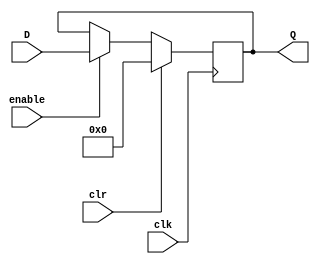
module MAR(
    input wire [31:0] D,       // Data input
    input wire enable,         // Enable signal for the register
    input wire clk,            // Clock signal
    input wire clr,            // Clear signal
    output [31:0] Q        // Output of the register
);

reg [31:0] q;


    // Synchronous clear and data latch operation
    always @(posedge clk) begin
        if (clr) begin
            q <= 32'b0;           // Clear the register if clr is high
        end
        else if (enable) begin
            q <= D;               // Latch data on rising edge of clock when enabled
        end
    end
	 assign Q = q;

endmodule